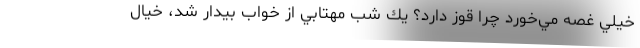
خيلي غصه مي‌خورد چرا قوز دارد؟ يك شب مهتابي از خواب بيدار شد، خيال